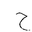
Letter: _ha